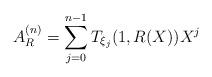
LaTeX: \begin{align*}A_{R}^{(n)}=\sum_{j=0}^{n-1}T_{\xi_j}(1,R(X)) X^j\end{align*}